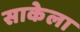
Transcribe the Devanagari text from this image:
साकेला